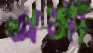
খসা